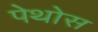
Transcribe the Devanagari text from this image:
पेथोस